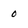
Character: o